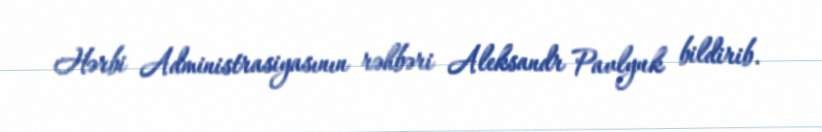
Hərbi Administrasiyasının rəhbəri Aleksandr Pavlyuk bildirib.